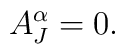
A_J^\alpha = 0.